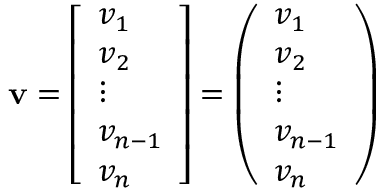
\mathbf { v } = \left[ { \begin{array} { l } { v _ { 1 } } \\ { v _ { 2 } } \\ { \vdots } \\ { v _ { n - 1 } } \\ { v _ { n } } \end{array} } \right] = \left( { \begin{array} { l } { v _ { 1 } } \\ { v _ { 2 } } \\ { \vdots } \\ { v _ { n - 1 } } \\ { v _ { n } } \end{array} } \right)